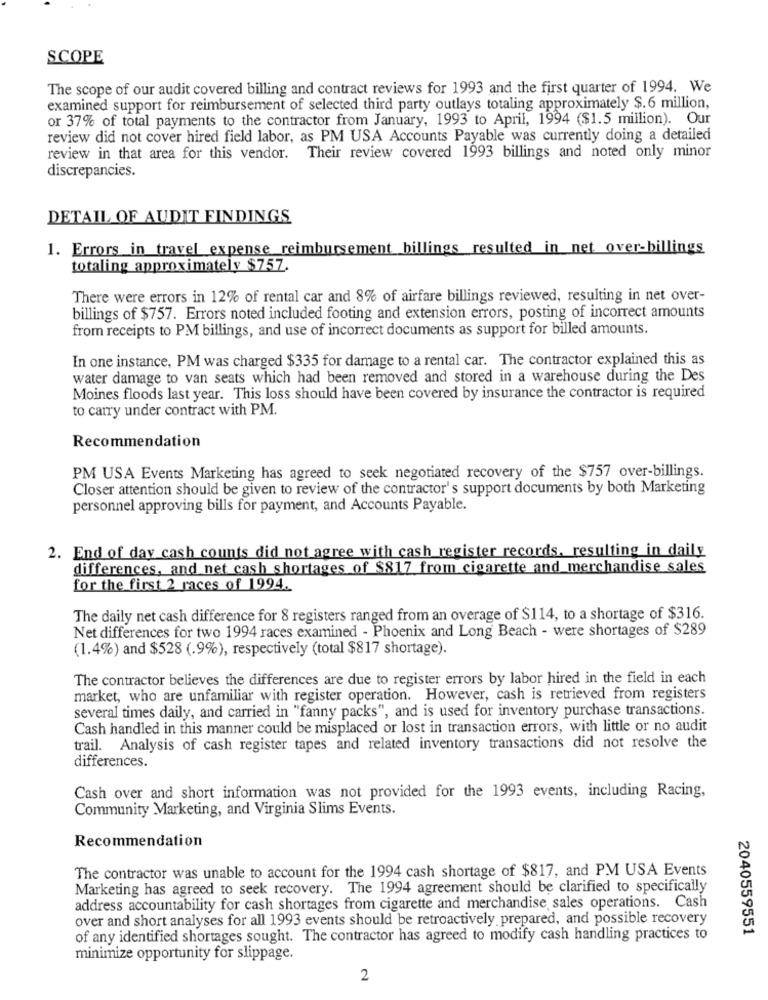
SCOPE
The scope of our audit covered billing and contract reviews for 1993 and the first quarter of 1994. We
examined support for reimbursement of selected third party outlays totaling approximately $.6 million,
or 37% of total payments to the contractor from January, 1993 to April, 1994 ($1.5 million). Our
review did not cover hired field labor, as PM USA Accounts Payable was currently doing a detailed
review in that area for this vendor. Their review covered 1993 billings and noted only minor
discrepancies.
DETAIL OF AUDIT FINDINGS
1. Errors in travel expense reimbursement billings resulted in net over-billings
totaling approximately $757.
There were errors in 12% of rental car and 8% of airfare billings reviewed, resulting in net over-
billings of $757. Errors noted included footing and extension errors, posting of incorrect amounts
from receipts to PM billings, and use of incorrect documents as support for billed amounts.
In one instance, PM was charged $335 for damage to a rental car. The contractor explained this as
water damage to van seats which had been removed and stored in a warehouse during the Des
Moines floods last year. This loss should have been covered by insurance the contractor is required
to carry under contract with PM.
Recommendation
PM USA Events Marketing has agreed to seek negotiated recovery of the $757 over-billings.
Closer attention should be given to review of the contractor's support documents by both Marketing
personnel approving bills for payment, and Accounts Payable.
2. End of day cash counts did not agree with cash register records. resulting in daily
differences, and net cash shortages of $817 from cigarette and merchandise sales
for the first 2 races of 1994.
The daily net cash difference for 8 registers ranged from an overage of $114, to a shortage of $316.
Net differences for two 1994 races examined - Phoenix and Long Beach - were shortages of $289
(1.4%) and $528 (.9%), respectively (total $817 shortage).
The contractor believes the differences are due to register errors by labor hired in the field in each
market, who are unfamiliar with register operation. However, cash is retrieved from registers
several times daily, and carried in "fanny packs", and is used for inventory purchase transactions.
Cash handled in this manner could be misplaced or lost in transaction errors, with little or no audit
trail. Analysis of cash register tapes and related inventory transactions did not resolve the
differences.
Cash over and short information was not provided for the 1993 events, including Racing,
Community Marketing, and Virginia Slims Events.
Recommendation
The contractor was unable to account for the 1994 cash shortage of $817, and PM USA Events
Marketing has agreed to seek recovery. The 1994 agreement should be clarified to specifically
address accountability for cash shortages from cigarette and merchandise sales operations. Cash
over and short analyses for all 1993 events should be retroactively prepared, and possible recovery
2040559551
of any identified shortages sought. The contractor has agreed to modify cash handling practices to
minimize opportunity for slippage.
2